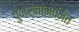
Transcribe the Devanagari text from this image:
पुनर्नानामित